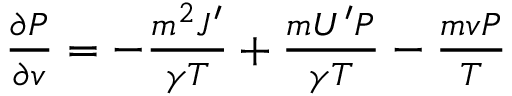
\begin{array} { r } { { \frac { \partial P } { \partial v } } = - { \frac { m ^ { 2 } J ^ { \prime } } { \gamma T } } + { \frac { m U ^ { \prime } P } { \gamma T } } - { \frac { m v P } { T } } } \end{array}